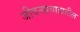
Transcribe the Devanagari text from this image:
जीवनप्रवाहातील